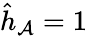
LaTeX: \hat{h}_{\mathcal{A}}=1